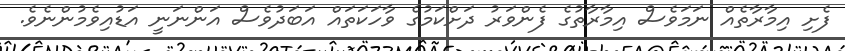
ފެށި އިމާރާތެއް ނަމަވެސް އިމާރާތުގެ ފެންވަރު ދަށްކަމުގެ ވާހަކަތައް އަބަދުވެސް އަންނަނީ އަޑުއިވެމުންނެވެ.